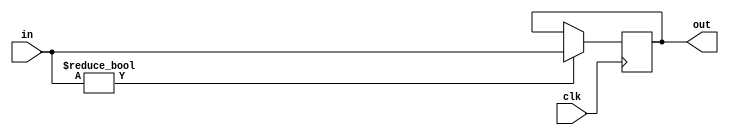
`timescale 1ns / 1ps
//////////////////////////////////////////////////////////////////////////////////
// Company: 
// Engineer: 
// 
// Design Name: 
// Module Name: PC
// Project Name: 
// Target Devices: 
// Tool Versions: 
// Description: 
// 
// Dependencies: 
// 
// Revision:
// Revision 0.01 - File Created
// Additional Comments:
// 
//////////////////////////////////////////////////////////////////////////////////


module PC(clk, in, out);

input clk;
input [31:0] in;
output reg [31:0] out;

initial begin
    out = 0;
end

always @(negedge clk) 
begin
    if(in)
    begin
        out = in;
    end
end



endmodule